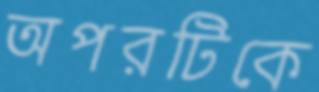
অপরটিকে